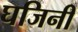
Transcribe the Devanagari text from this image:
घजिनी